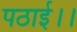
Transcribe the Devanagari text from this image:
पठाई।।